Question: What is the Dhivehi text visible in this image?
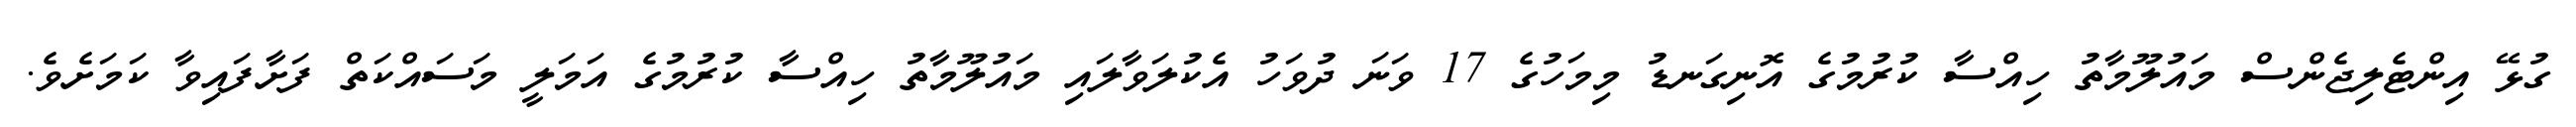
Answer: ގުޅޭ އިންޓެލިޖެންސް މައުލޫމާތު ހިއްސާ ކުރުމުގެ އޮނިގަނޑު މިމަހުގެ 17 ވަނަ ދުވަހު އެކުލަވާލައި މައުލޫމާތު ހިއްސާ ކުރުމުގެ އަމަލީ މަސައްކަތް ފަށާފައިވާ ކަމަށެވެ.